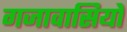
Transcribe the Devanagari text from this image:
गजावासियों